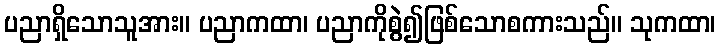
ပညာရှိသောသူအား။ ပညာကထာ၊ ပညာကိုစွဲ၍ဖြစ်သောစကားသည်။ သုကထာ၊